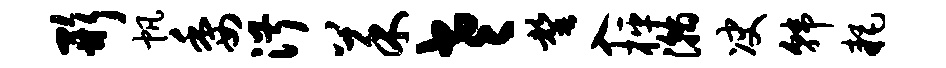
形帆委淑菜老罄入枰瀚决韩耗